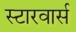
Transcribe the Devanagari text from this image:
स्टारवार्स